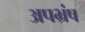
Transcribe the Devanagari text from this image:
अपभ्रंष